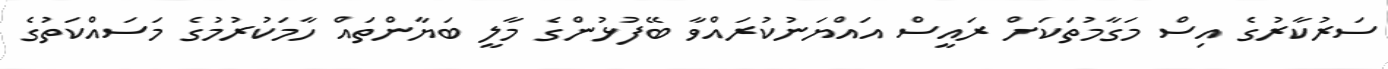
ސަރުކާރުގެ އިސް މަގާމުތަކަށް ރައީސް އައްޔަނުކުރައްވާ ބޭފުޅުންގެ މާލީ ބަޔާންތައް ހާމަކުރުމުގެ މަސައްކަތުގެ